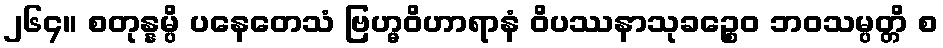
၂၆၄။ စတုန္နမ္ပိ ပနေတေသံ ဗြဟ္မဝိဟာရာနံ ဝိပဿနာသုခဉ္စေဝ ဘဝသမ္ပတ္တိ စ